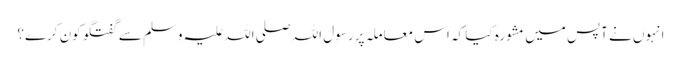
انہوں نے آپس میں مشورہ کیا کہ اس معاملہ پر رسول اللہ صلی اللہ علیہ وسلم سے گفتگو کون کرے؟